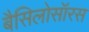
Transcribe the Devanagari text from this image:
बैसिलोसॉरस